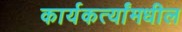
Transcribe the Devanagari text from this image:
कार्यकर्त्यांमधील